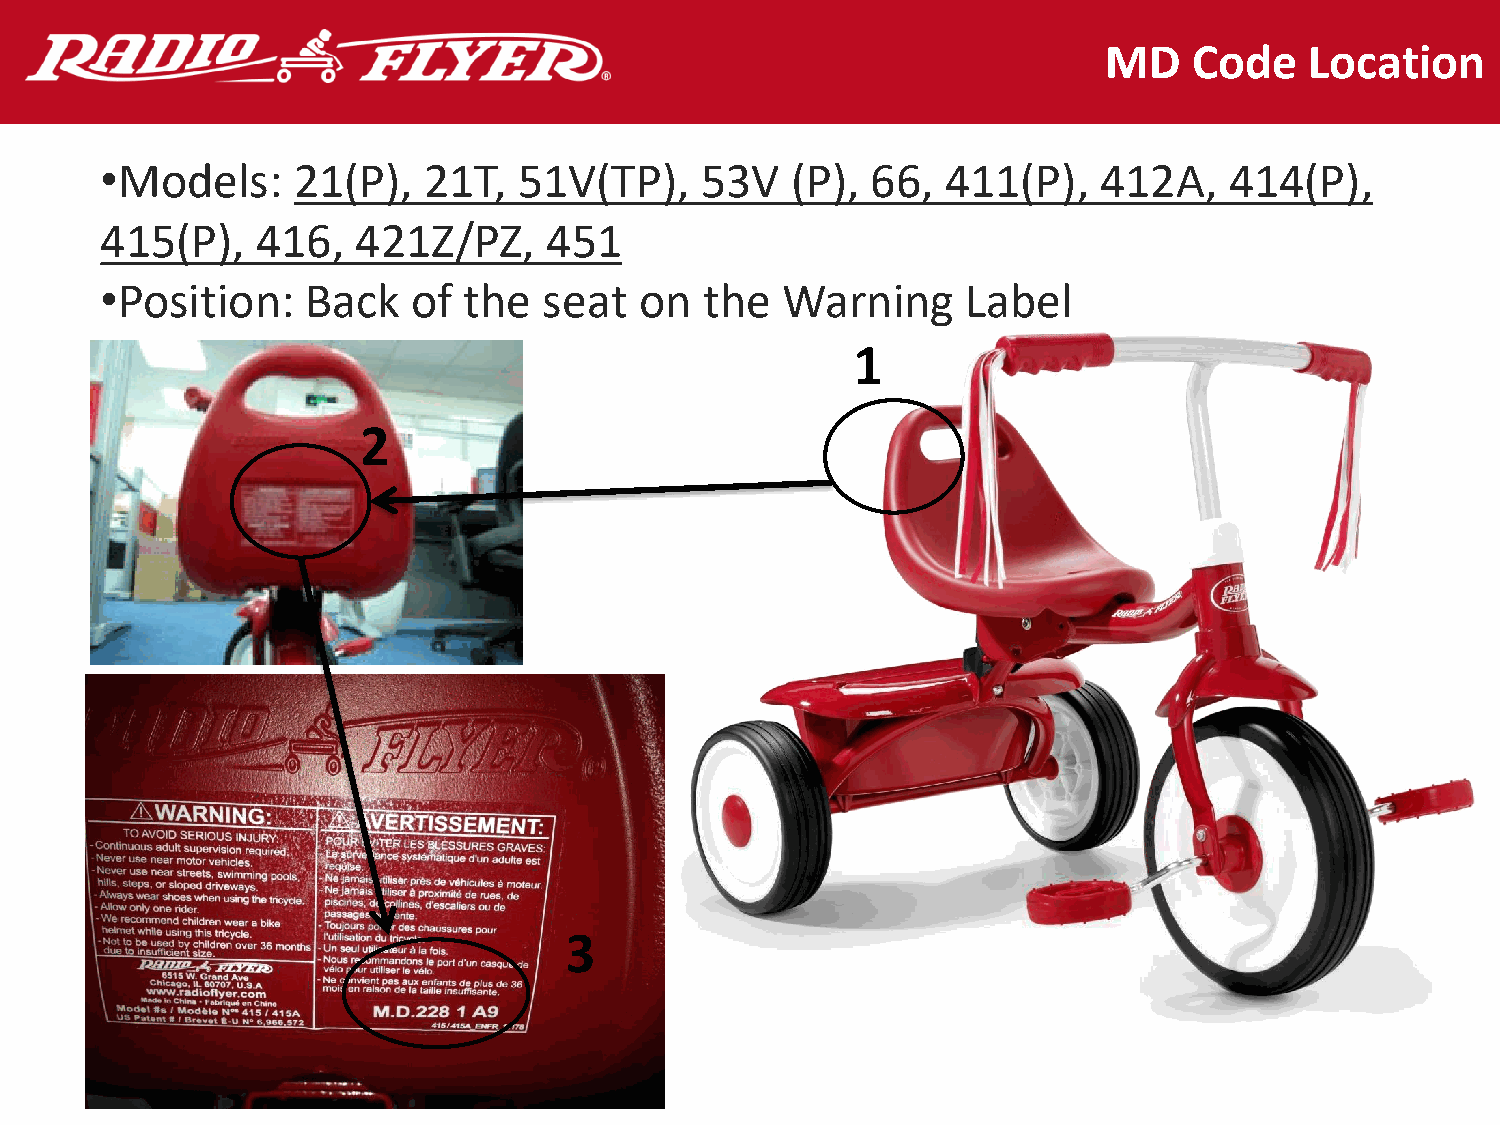
MD    Code    Location
 •Models:    21(P),   21T,  51V(TP),    53V   (P),  66,  411(P),   412A,   414(P),
 415(P),   416,   421Z/PZ,    451
 •Position:   Back   of  the  seat  on   the  Warning     Label
 1
 2
 3